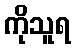
ကိုသူရ